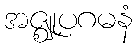
အဇ္ဈုပဂမနံ